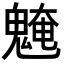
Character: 𩳢